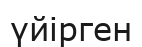
үйірген